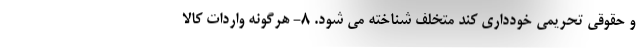
و حقوقی تحریمی خودداری کند متخلف شناخته می شود. ۸- هرگونه واردات کالا